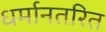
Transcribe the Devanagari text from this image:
धर्मानतरित